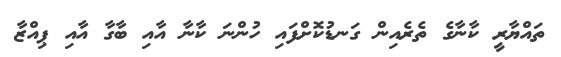
ތައްޔާރީ ކާނާގެ ތެރެއިން ގަނޑުކޮށްފައި ހުންނަ ކާނާ އާއި ބާގާ އާއި ޕިއްޒާ